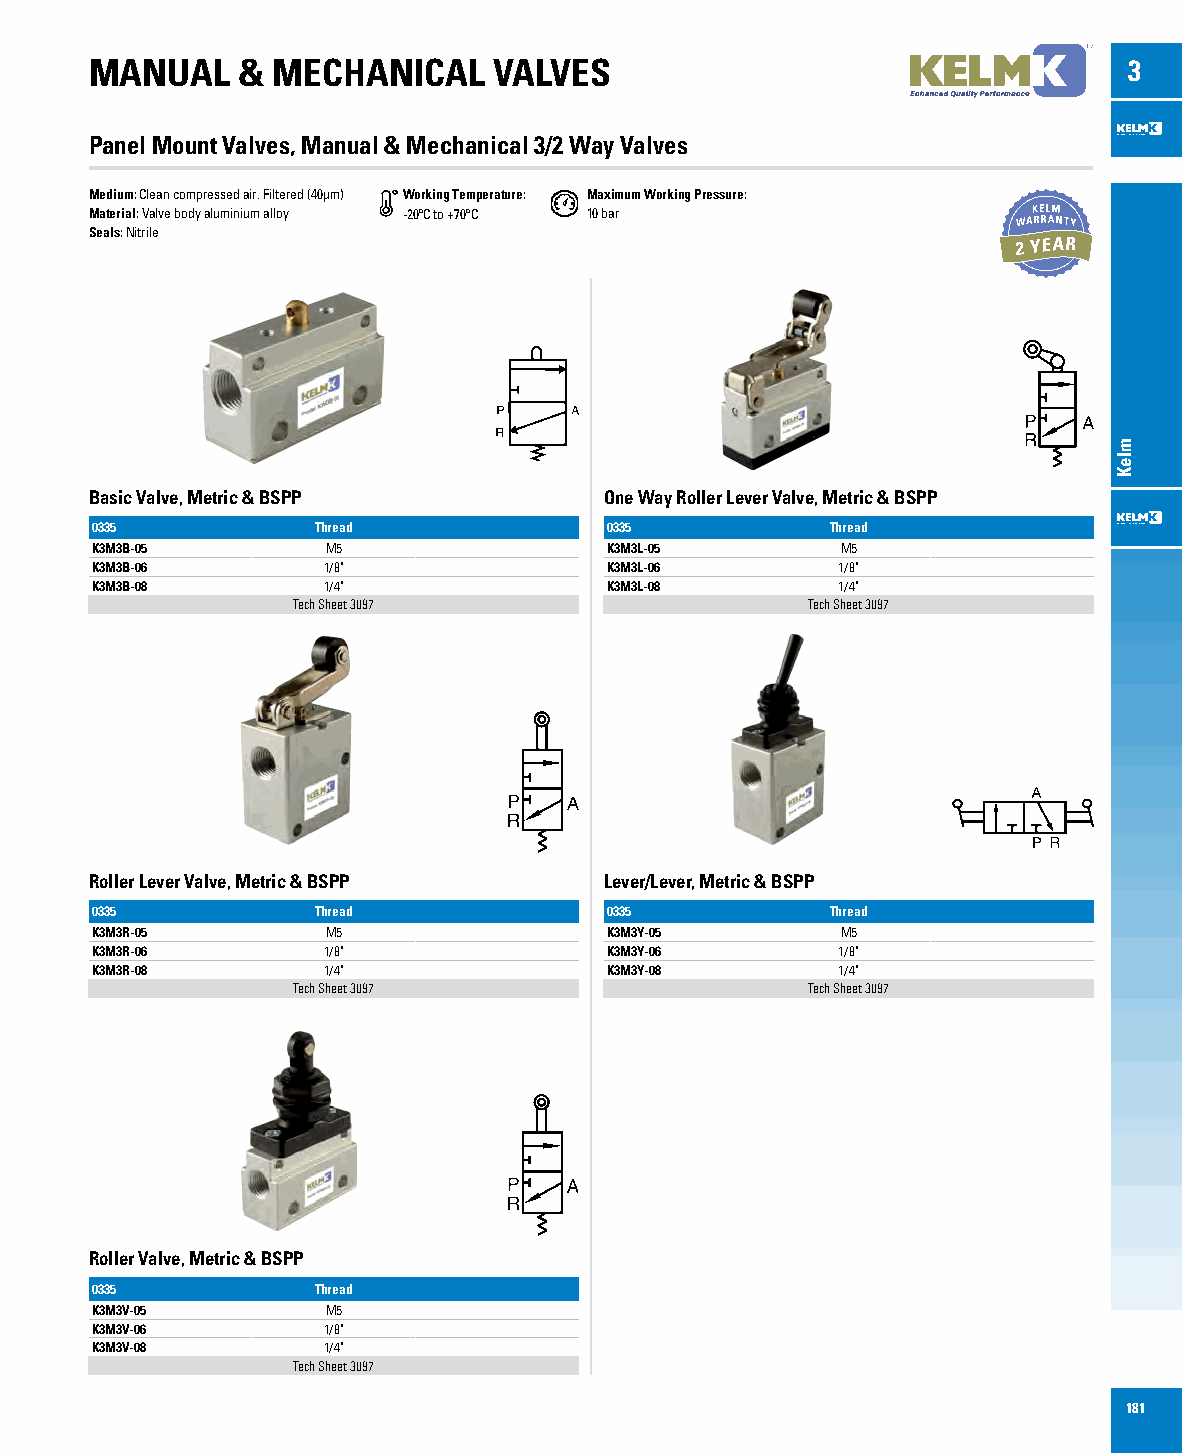
MANUAL    & MECHANICAL     VALVES                                    3
 Panel Mount Valves, Manual & Mechanical 3/2 Way Valves
 Medium: Clean compressed air. Filtered (40µm) Working Temperature: Maximum Working Pressure:
 Material: Valve body aluminium alloy -20ºC to +70ºC 10 bar
 Seals: Nitrile
 Basic Valve, Metric & BSPP        One Way Roller Lever Valve, Metric & BSPP
 0335           Thread             0335           Thread
 K3M3B-05        M5                K3M3L-05        M5
 K3M3B-06       1/8"               K3M3L-06       1/8"
 K3M3B-08       1/4"               K3M3L-08       1/4"
 Tech Sheet 3097                   Tech Sheet 3097
 Roller Lever Valve, Metric & BSPP Lever/Lever, Metric & BSPP
 0335           Thread             0335           Thread
 K3M3R-05        M5                K3M3Y-05        M5
 K3M3R-06       1/8"               K3M3Y-06       1/8"
 K3M3R-08       1/4"               K3M3Y-08       1/4"
 Tech Sheet 3097                   Tech Sheet 3097
 Roller Valve, Metric & BSPP
 0335           Thread
 K3M3V-05        M5
 K3M3V-06       1/8"
 K3M3V-08       1/4"
 Tech Sheet 3097
 181
 mleK